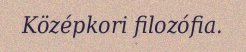
Középkori filozófia.